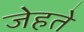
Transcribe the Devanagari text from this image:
जेहते